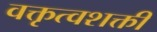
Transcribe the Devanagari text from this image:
वक्तृत्वशक्ती